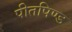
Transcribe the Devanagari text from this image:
पीतपिण्ड